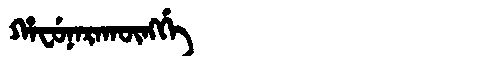
Manchu: ᡥᠠᠸᡠᠨᠠᡵᠠᡴᡡᠩᡤᡝ
Romanization: HAFUNARAKŪNGGE